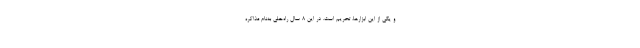
و یکی از این ابزارها، تحریم است. در این 8 سال راه‌حلی به‌نام مذاکره